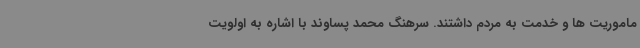
ماموریت ها و خدمت به مردم داشتند. سرهنگ محمد پساوند با اشاره به اولویت